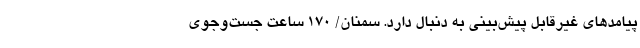
پیامدهای غیرقابل پیش‌بینی به دنبال دارد. سمنان/ ۱۷۰ ساعت جست‌وجوی